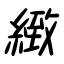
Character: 緻